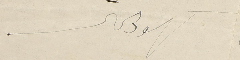
شهود الحال